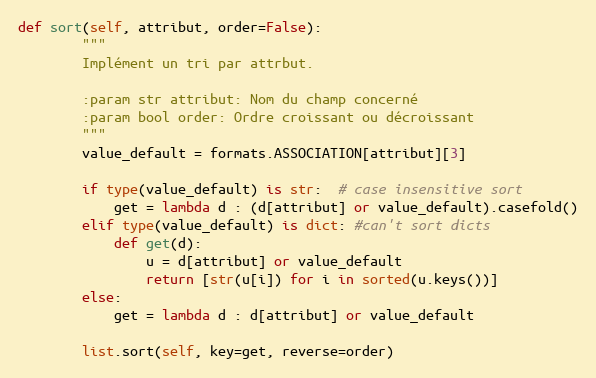
Language: Python
def sort(self, attribut, order=False):
        """
        Implément un tri par attrbut.

        :param str attribut: Nom du champ concerné
        :param bool order: Ordre croissant ou décroissant
        """
        value_default = formats.ASSOCIATION[attribut][3]

        if type(value_default) is str:  # case insensitive sort
            get = lambda d : (d[attribut] or value_default).casefold()
        elif type(value_default) is dict: #can't sort dicts
            def get(d):
                u = d[attribut] or value_default
                return [str(u[i]) for i in sorted(u.keys())]
        else:
            get = lambda d : d[attribut] or value_default

        list.sort(self, key=get, reverse=order)